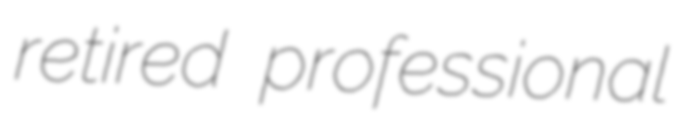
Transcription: retired professional